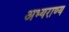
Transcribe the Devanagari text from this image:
अभ्‍यराण्‍य